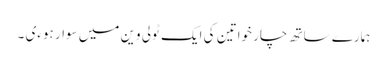
ہمارے ساتھ چار خواتین کی ایک ٹولی وین میں سوار ہوءی ۔